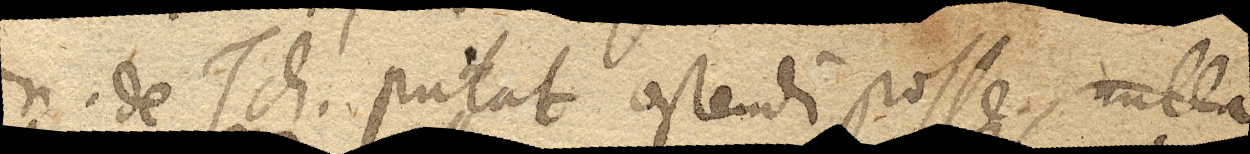
Dn. de Tch. putat ostendi posse, nulla